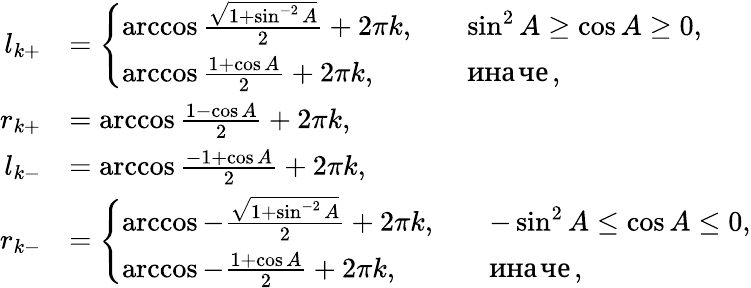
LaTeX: \begin{array}{rl}{l_{k+}}&{=\left\{ \begin{array}{ll}{\operatorname{arccos}\frac{\sqrt{1+\sin^{-2}A}}{2}+2\pi k,\quad}&{\sin^{2}A\geq\cos A\geq 0,}\\ {\operatorname{arccos}\frac{1+\cos A}{2}+2\pi k,\quad}&{\mathrm{иначе},}\end{array}\right.}\\ {r_{k+}}&{=\operatorname{arccos}\frac{1-\cos A}{2}+2\pi k,}\\ {l_{k-}}&{=\operatorname{arccos}\frac{-1+\cos A}{2}+2\pi k,}\\ {r_{k-}}&{=\left\{ \begin{array}{ll}{\operatorname{arccos}-\frac{\sqrt{1+\sin^{-2}A}}{2}+2\pi k,\quad}&{-\sin^{2}A\leq\cos A\leq 0,}\\ {\operatorname{arccos}-\frac{1+\cos A}{2}+2\pi k,\quad}&{\mathrm{иначе},}\end{array}\right.}\end{array}